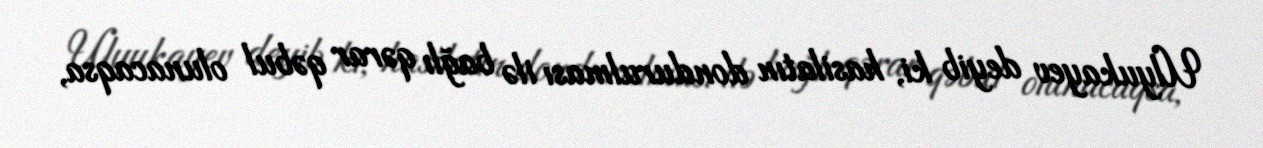
Ulyukayev deyib ki, hasilatın dondurulması ilə bağlı qərar qəbul olunacaqsa,